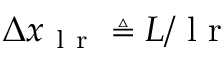
\Delta x _ { \mathrm { ~ l ~ r ~ } } \triangleq L / \mathrm { ~ l ~ r ~ }